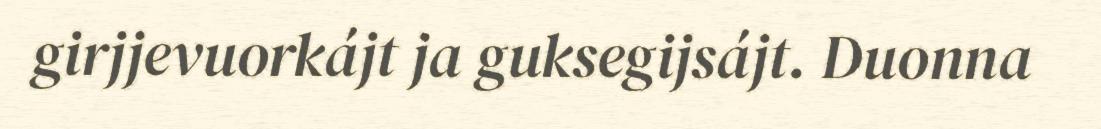
girjjevuorkájt ja guksegijsájt. Duonna